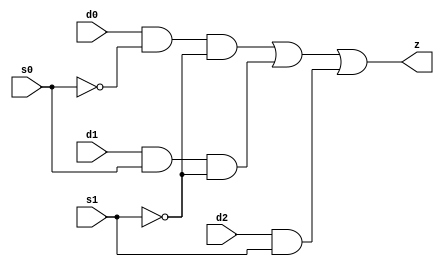
//#############################################################################
//# Function: 3-Input Mux                                                     #
//#                                                                           #
//# Copyright: OH Project Authors. ALl rights Reserved.                       #
//# License:  MIT (see LICENSE file in OH repository)                         #
//#############################################################################

module asic_mux3 #(parameter PROP = "DEFAULT")   (
    input  d0,
    input  d1,
    input  d2,
    input  s0,
    input  s1,
    output z
    );

   assign z = (d0 & ~s0 & ~s1) |
	      (d1 & s0  & ~s1) |
	      (d2 & s1);

endmodule